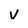
Character: v